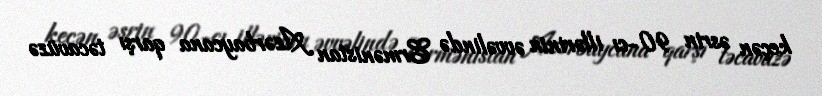
keçən əsrin 90-cı illərinin əvvəlində Ermənistan Azərbaycana qarşı təcavüzə